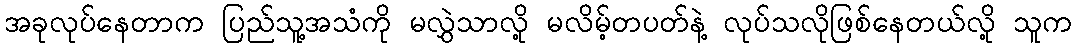
အခုလုပ်နေတာက ပြည်သူ့အသံကို မလွှဲသာလို့ မလိမ့်တပတ်နဲ့ လုပ်သလိုဖြစ်နေတယ်လို့ သူက